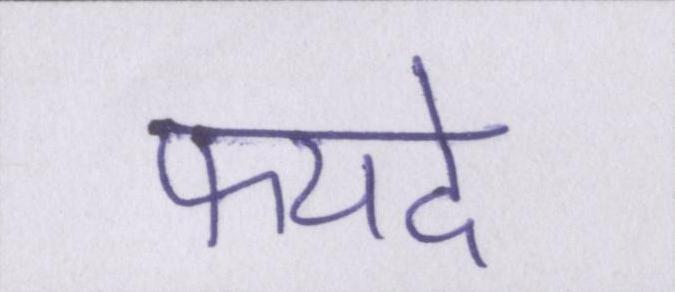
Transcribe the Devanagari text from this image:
फयदे